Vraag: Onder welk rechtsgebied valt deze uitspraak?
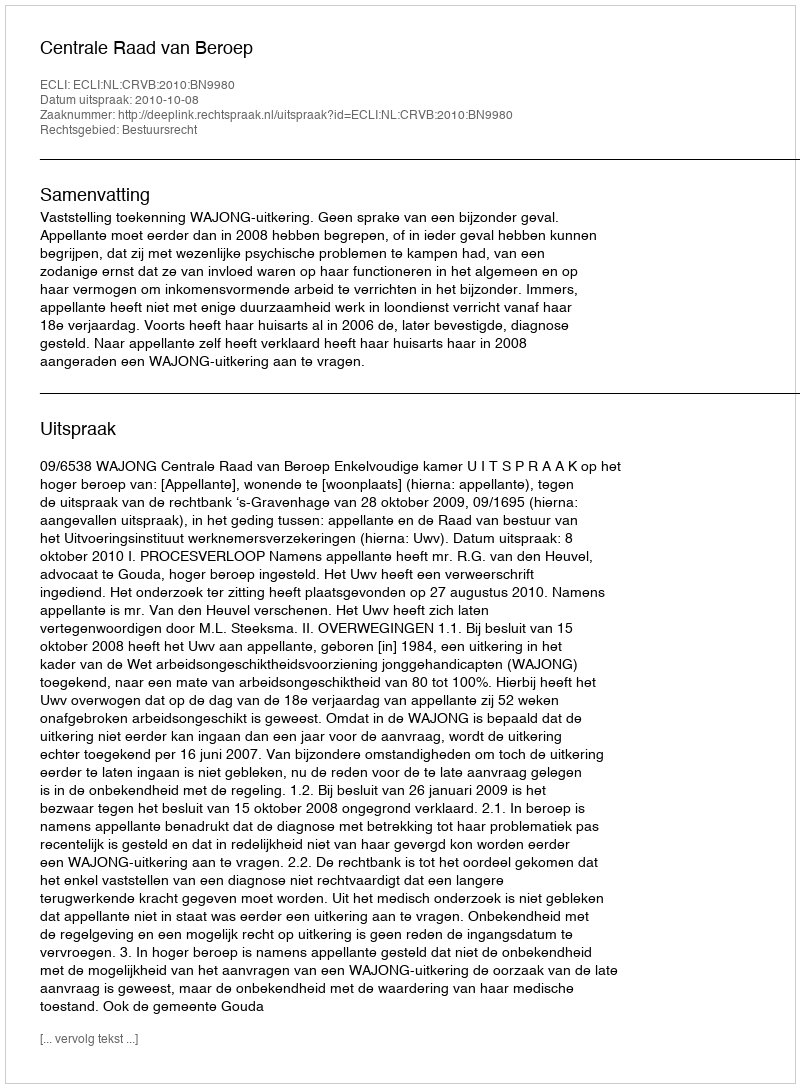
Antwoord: Bestuursrecht